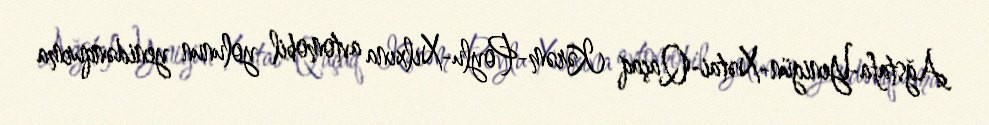
Ağstafa-Yenigün-Xətai-Qaçaq Kərəm-Poylu-Xılxına avtomobil yolunun yenidənqurma